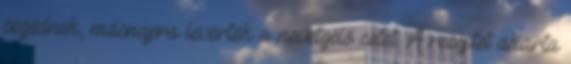
segédnek, másnapra leverték a nevetgélő cetet. A receptet akarta